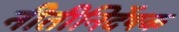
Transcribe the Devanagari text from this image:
नीतीनिर्देषक